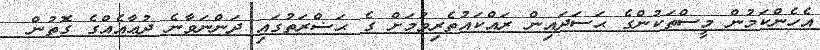
އެހެންކަމުން މީސްތަކުންގެ ޙަސަދައިން ރައްކައުތެރިވުމަށް ގެ ޙަޟްރަތުގައި ދަންނަވާނެ ދުޢާއެއްގެ ގޮތުން